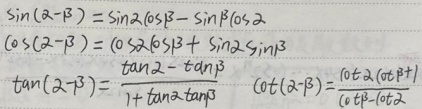
\(\sin(\alpha - \beta)=\sin\alpha\cos\beta - \sin\beta\cos\alpha\)
\(\cos(\alpha - \beta)=\cos\alpha\cos\beta + \sin\alpha\sin\beta\)
\(\tan(\alpha - \beta)=\frac{\tan\alpha - \tan\beta}{1 + \tan\alpha\tan\beta}\)
\(\cot(\alpha - \beta)=\frac{\cot\alpha\cot\beta + 1}{\cot\beta - \cot\alpha}\)